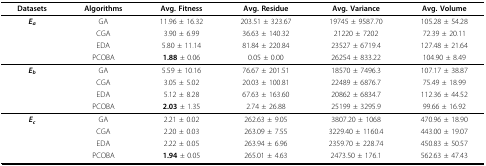
<table><thead><tr><td><b>Datasets</b></td><td><b>Algorithms</b></td><td><b>Avg. Fitness</b></td><td><b>Avg. Residue</b></td><td><b>Avg. Variance</b></td><td><b>Avg. Volume</b></td></tr></thead><tbody><tr><td><b><i>E<sub>a</sub></i></b></td><td>GA</td><td>11.96 ± 16.32</td><td>203.51 ± 323.67</td><td>19745 ± 9587.70</td><td>105.28 ± 54.28</td></tr><tr><td></td><td>CGA</td><td>3.90 ± 6.99</td><td>36.63 ± 140.32</td><td>21220 ± 7202</td><td>72.39 ± 20.11</td></tr><tr><td></td><td>EDA</td><td>5.80 ± 11.14</td><td>81.84 ± 220.84</td><td>23527 ± 6719.4</td><td>127.48 ± 21.64</td></tr><tr><td></td><td>PCOBA</td><td><b>1.88 </b>± 0.06</td><td>0.05 ± 0.00</td><td>26254 ± 833.22</td><td>104.90 ± 8.49</td></tr><tr><td><b><i>E<sub>b</sub></i></b></td><td>GA</td><td>5.59 ± 10.16</td><td>76.67 ± 201.51</td><td>18570 ± 7496.3</td><td>107.17 ± 38.87</td></tr><tr><td></td><td>CGA</td><td>3.05 ± 5.02</td><td>20.03 ± 100.81</td><td>22489 ± 6876.7</td><td>75.49 ± 18.99</td></tr><tr><td></td><td>EDA</td><td>5.12 ± 8.28</td><td>67.63 ± 163.60</td><td>20862 ± 6834.7</td><td>112.36 ± 44.52</td></tr><tr><td></td><td>PCOBA</td><td><b>2.03 </b>± 1.35</td><td>2.74 ± 26.88</td><td>25199 ± 3295.9</td><td>99.66 ± 16.92</td></tr><tr><td><b><i>E<sub>c</sub></i></b></td><td>GA</td><td>2.21 ± 0.02</td><td>262.63 ± 9.05</td><td>3807.20 ± 1068</td><td>470.96 ± 18.90</td></tr><tr><td></td><td>CGA</td><td>2.20 ± 0.03</td><td>263.09 ± 7.55</td><td>3229.40 ± 1160.4</td><td>443.00 ± 19.07</td></tr><tr><td></td><td>EDA</td><td>2.22 ± 0.05</td><td>263.94 ± 6.96</td><td>2359.70 ± 228.74</td><td>450.83 ± 50.57</td></tr><tr><td></td><td>PCOBA</td><td><b>1.94 </b>± 0.05</td><td>265.01 ± 4.63</td><td>2473.50 ± 176.1</td><td>562.63 ± 47.43</td></tr></tbody></table>